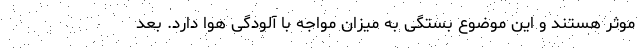
موثر هستند و این موضوع بستگی به میزان مواجه با آلودگی هوا دارد. بعد